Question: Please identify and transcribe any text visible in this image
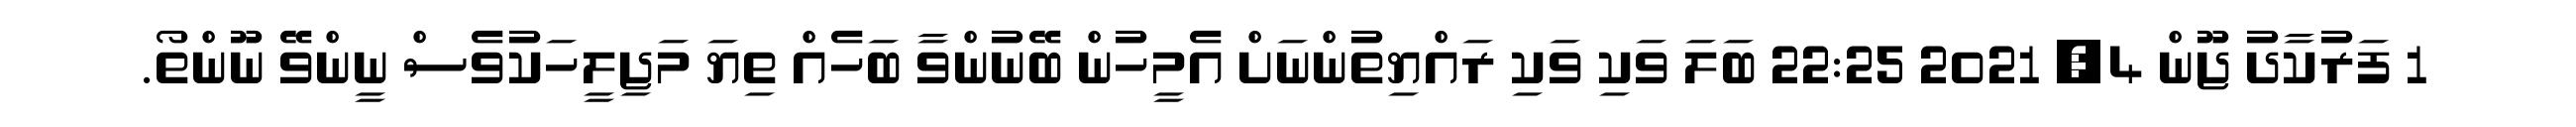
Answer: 1 ފަރުކާދު ޖޫން 4, 2021 22:25 ބަލަ ވަކި ވަކި ރައްޔިތުންނަށް އެމީހުން ބޭނުންވާ ބަހެއް ތިޔަ މަޖިލީހަކުވެސް ނީންވޭ ނޫންތޯ.